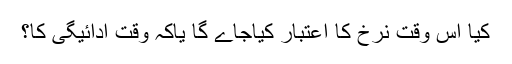
کیا اس وقت نرخ کا اعتبار کیاجاے گا یاکہ وقت ادائیگی کا؟